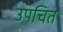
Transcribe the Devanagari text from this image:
उपचित